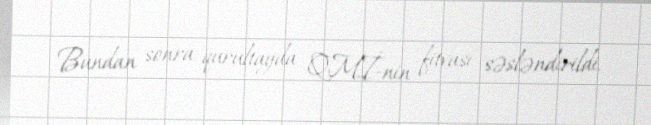
Bundan sonra qurultayda QMİ-nin fitvası səsləndirildi.